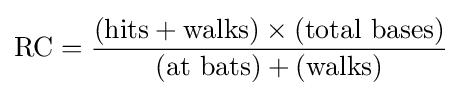
{\text{RC}}={\frac {({\text{hits}}+{\text{walks}})\times ({\text{total bases}})}{({\text{at bats}})+({\text{walks}})}}